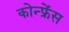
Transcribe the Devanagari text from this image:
कोन्फ्रेंस